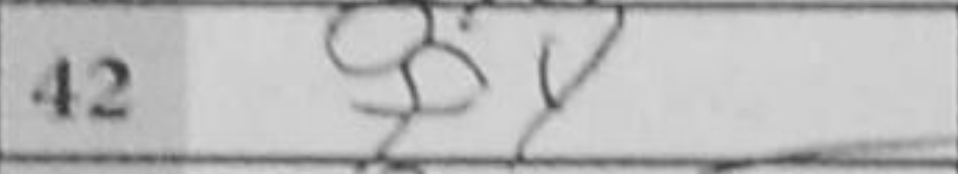
Transcription: f4